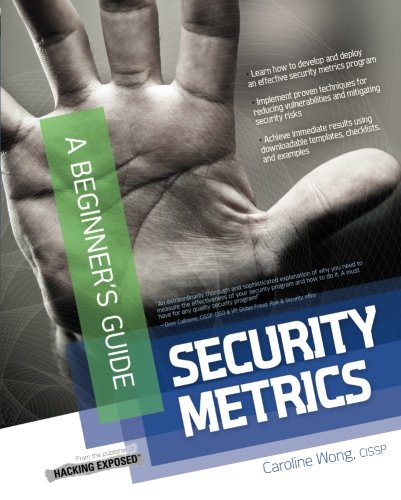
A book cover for Security Metrics, A Beginner's Guide; Caroline Wong; Computers & Technology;